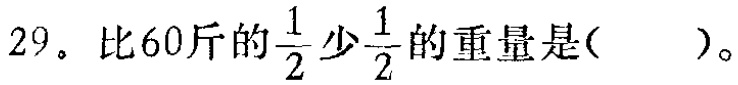
29。比60斤的$\frac{1}{2}$少$\frac{1}{2}$的重量是( )。